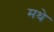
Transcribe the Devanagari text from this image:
मथे